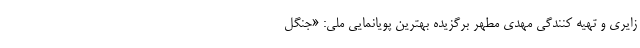
زایری و تهیه کنندگی مهدی مطهر برگزیده بهترین پویانمایی ملی: «جنگل